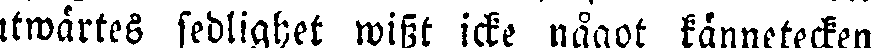
utwärtes sedlighet wisst icke något kännetecken